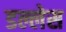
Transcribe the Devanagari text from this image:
डल्लेस